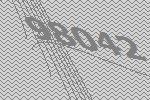
98042